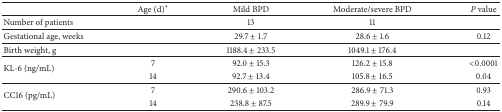
<table><thead><tr><td>[EMPTY_CELL]</td><td><b>Age (d)∗</b></td><td><b>Mild BPD</b></td><td><b>Moderate/severe BPD</b></td><td><b><i>P</i> value</b></td></tr></thead><tbody><tr><td>Number of patients</td><td>[EMPTY_CELL]</td><td>13</td><td>11</td><td>[EMPTY_CELL]</td></tr><tr><td>Gestational age, weeks</td><td>[EMPTY_CELL]</td><td>29.7 ± 1.7</td><td>28.6 ± 1.6</td><td>0.12</td></tr><tr><td>Birth weight, g</td><td>[EMPTY_CELL]</td><td>1188.4 ± 233.5</td><td>1049.1 ± 176.4</td><td>[EMPTY_CELL]</td></tr><tr><td rowspan="2">KL-6 (ng/mL)</td><td>7</td><td>92.0 ± 15.3</td><td>126.2 ± 15.8</td><td>&lt;0.0001</td></tr><tr><td>14</td><td>92.7 ± 13.4</td><td>105.8 ± 16.5</td><td>0.04</td></tr><tr><td rowspan="2">CC16 (pg/mL)</td><td>7</td><td>290.6 ± 103.2</td><td>286.9 ± 71.3</td><td>0.93</td></tr><tr><td>14</td><td>238.8 ± 87.5</td><td>289.9 ± 79.9</td><td>0.14</td></tr></tbody></table>